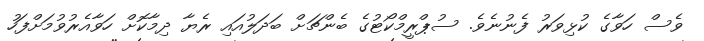
ވެސް ހަވާގެ ކުޅިވަރު ފެނުނެވެ. ސުޕްރީމްކޯޓުގެ ބެންޗަށް ބަދަލުއައި ރެޔާ ދިމާކޮށް ހަވާއެރުވުމަށްފަހު